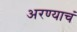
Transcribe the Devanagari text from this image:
अरण्याचं